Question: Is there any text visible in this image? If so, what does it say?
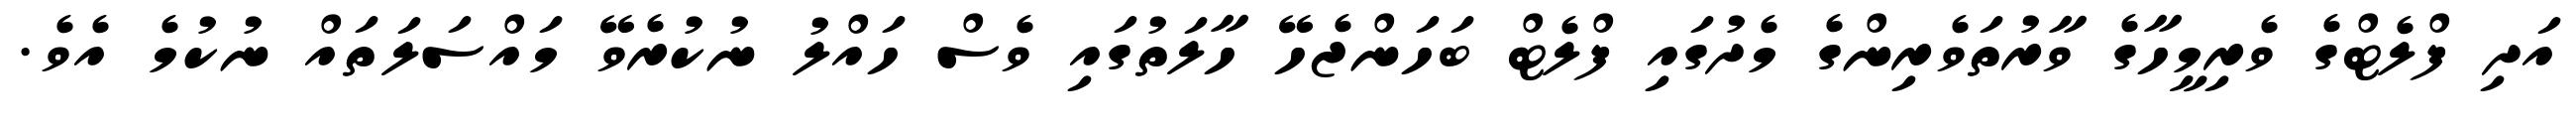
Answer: އަދި ފްލެޓްގެ ވެރިމީހާގެ ވާރުތަވެރިންގެ މެދުގައި ފްލެޓް ބަހަންޖެހޭ ހާލަތުގައި ވެސް ހައްލު ނުކުރެވޭ މައްސަލަތައް ނުކުމެ އެވެ.